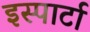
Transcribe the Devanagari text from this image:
इस्पार्टा